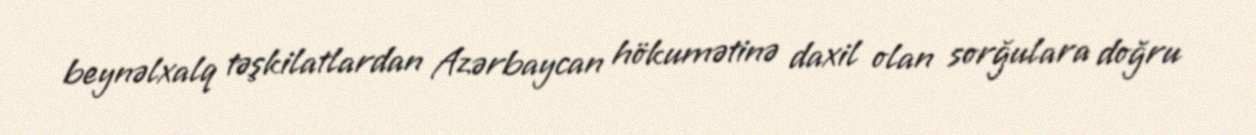
beynəlxalq təşkilatlardan Azərbaycan hökumətinə daxil olan sorğulara doğru